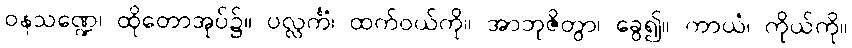
ဝနသဏ္ဍေ၊ ထိုတောအုပ်၌။ ပလ္လင်္ကံ၊ ထက်ဝယ်ကို။ အာဘုဇိတွာ၊ ခွေ၍။ ကာယံ၊ ကိုယ်ကို။